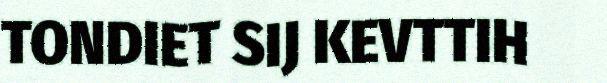
TONDIET SIJ KEVTTIH